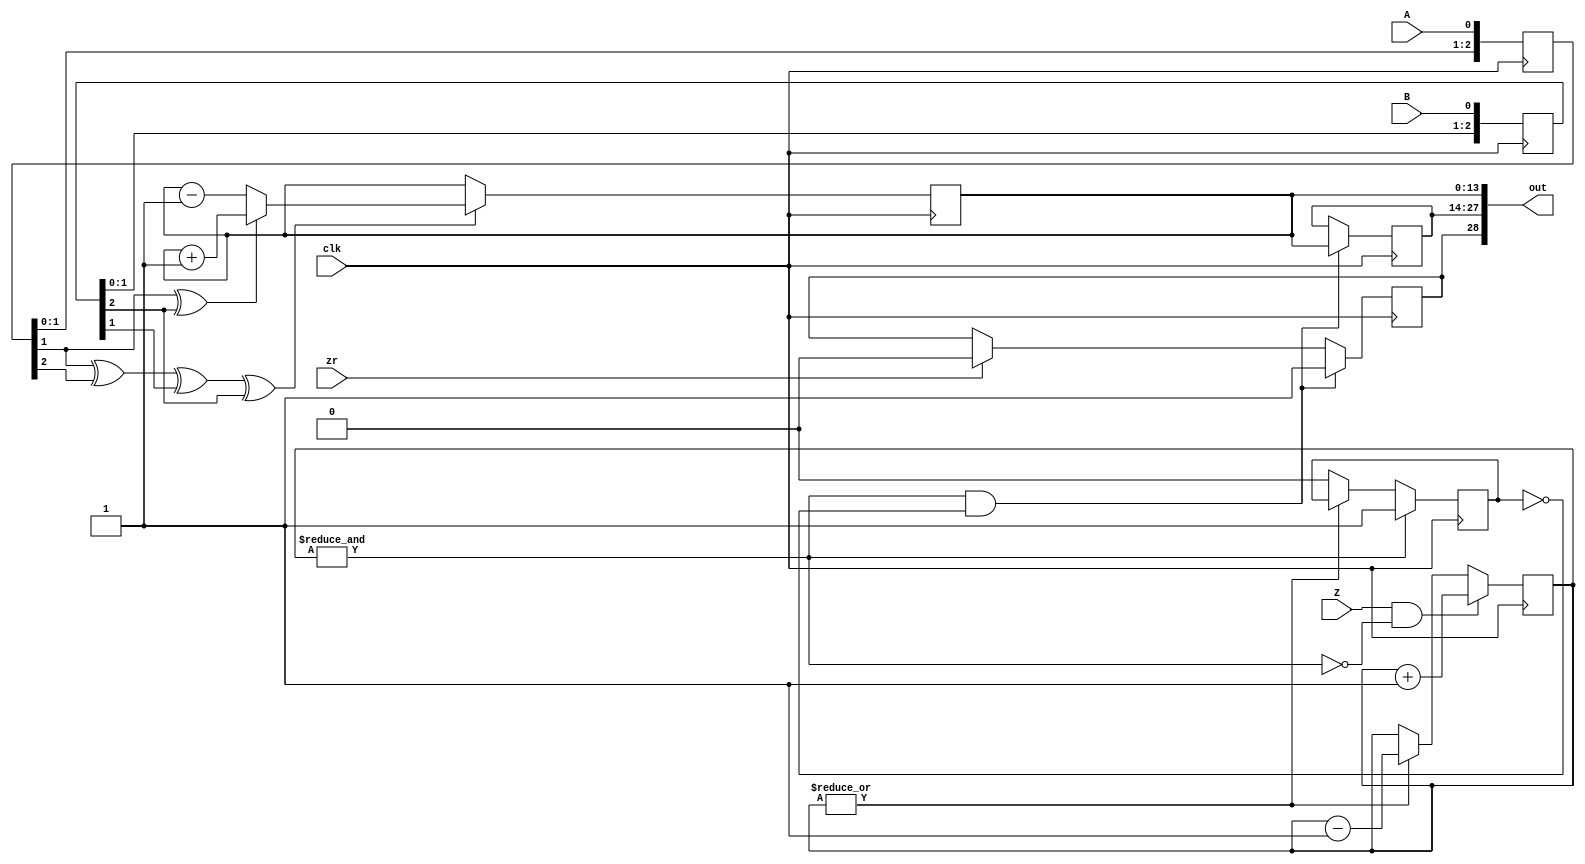
module quad(clk, A, B, Z, zr, out);
parameter W=14;
input clk, A, B, Z, zr;
reg [(W-1):0] c, i; reg zl;
output [2*W:0] out = { zl, i, c };
// reg [(W-1):0] c, i; reg zl;
reg [2:0] Ad, Bd;
reg [2:0] Zc;
always @(posedge clk) Ad <= {Ad[1:0], A};
always @(posedge clk) Bd <= {Bd[1:0], B};
wire good_one = &Zc;
wire good_zero = ~|Zc;
reg last_good;
wire index_pulse = good_one && ! last_good;
wire count_enable = Ad[1] ^ Ad[2] ^ Bd[1] ^ Bd[2];
wire count_direction = Ad[1] ^ Bd[2];
always @(posedge clk)
begin
    if(Z && !good_one) Zc <= Zc + 2'b1;
    else if(!good_zero) Zc <= Zc - 2'b1;
    if(good_one) last_good <= 1;
    else if(good_zero) last_good <= 0;
    if(count_enable)
    begin
	if(count_direction) c <= c + 1'd1;
	else c <= c - 1'd1;
    end
    if(index_pulse) begin
	i <= c;
	zl <= 1;
    end else if(zr) begin
	zl <= 0;
    end
end
endmodule